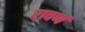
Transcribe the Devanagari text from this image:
रावणं